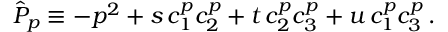
\hat { \cal P } _ { p } \equiv - p ^ { 2 } + s \, c _ { 1 } ^ { p } c _ { 2 } ^ { p } + t \, c _ { 2 } ^ { p } c _ { 3 } ^ { p } + u \, c _ { 1 } ^ { p } c _ { 3 } ^ { p } \, .